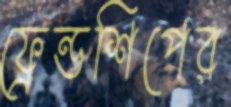
ফ্রেন্ডশিপের